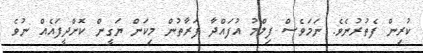
ކުރިން ފެތުރުނެވެ. ނަމަވެސް ފިލްމު އުފައްދާ ފަރާތުން މިކަން ޔަގީން ކޮށްދީފައެއް ނުވެ